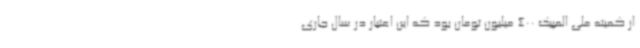
از کمیته ملی المپیک 400 میلیون تومان بود که این اعتبار در سال جاری